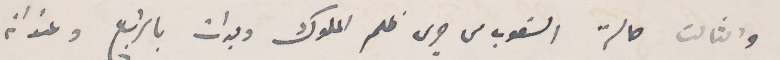
والثالث حالة الشعوب من جرى ظلم الملوك وبدأت بالرابع وعنوانه